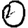
Digit: 0